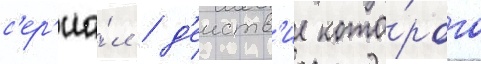
с'ер'иа́л / д'еиств'ие кото́рого